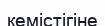
кемістігіне